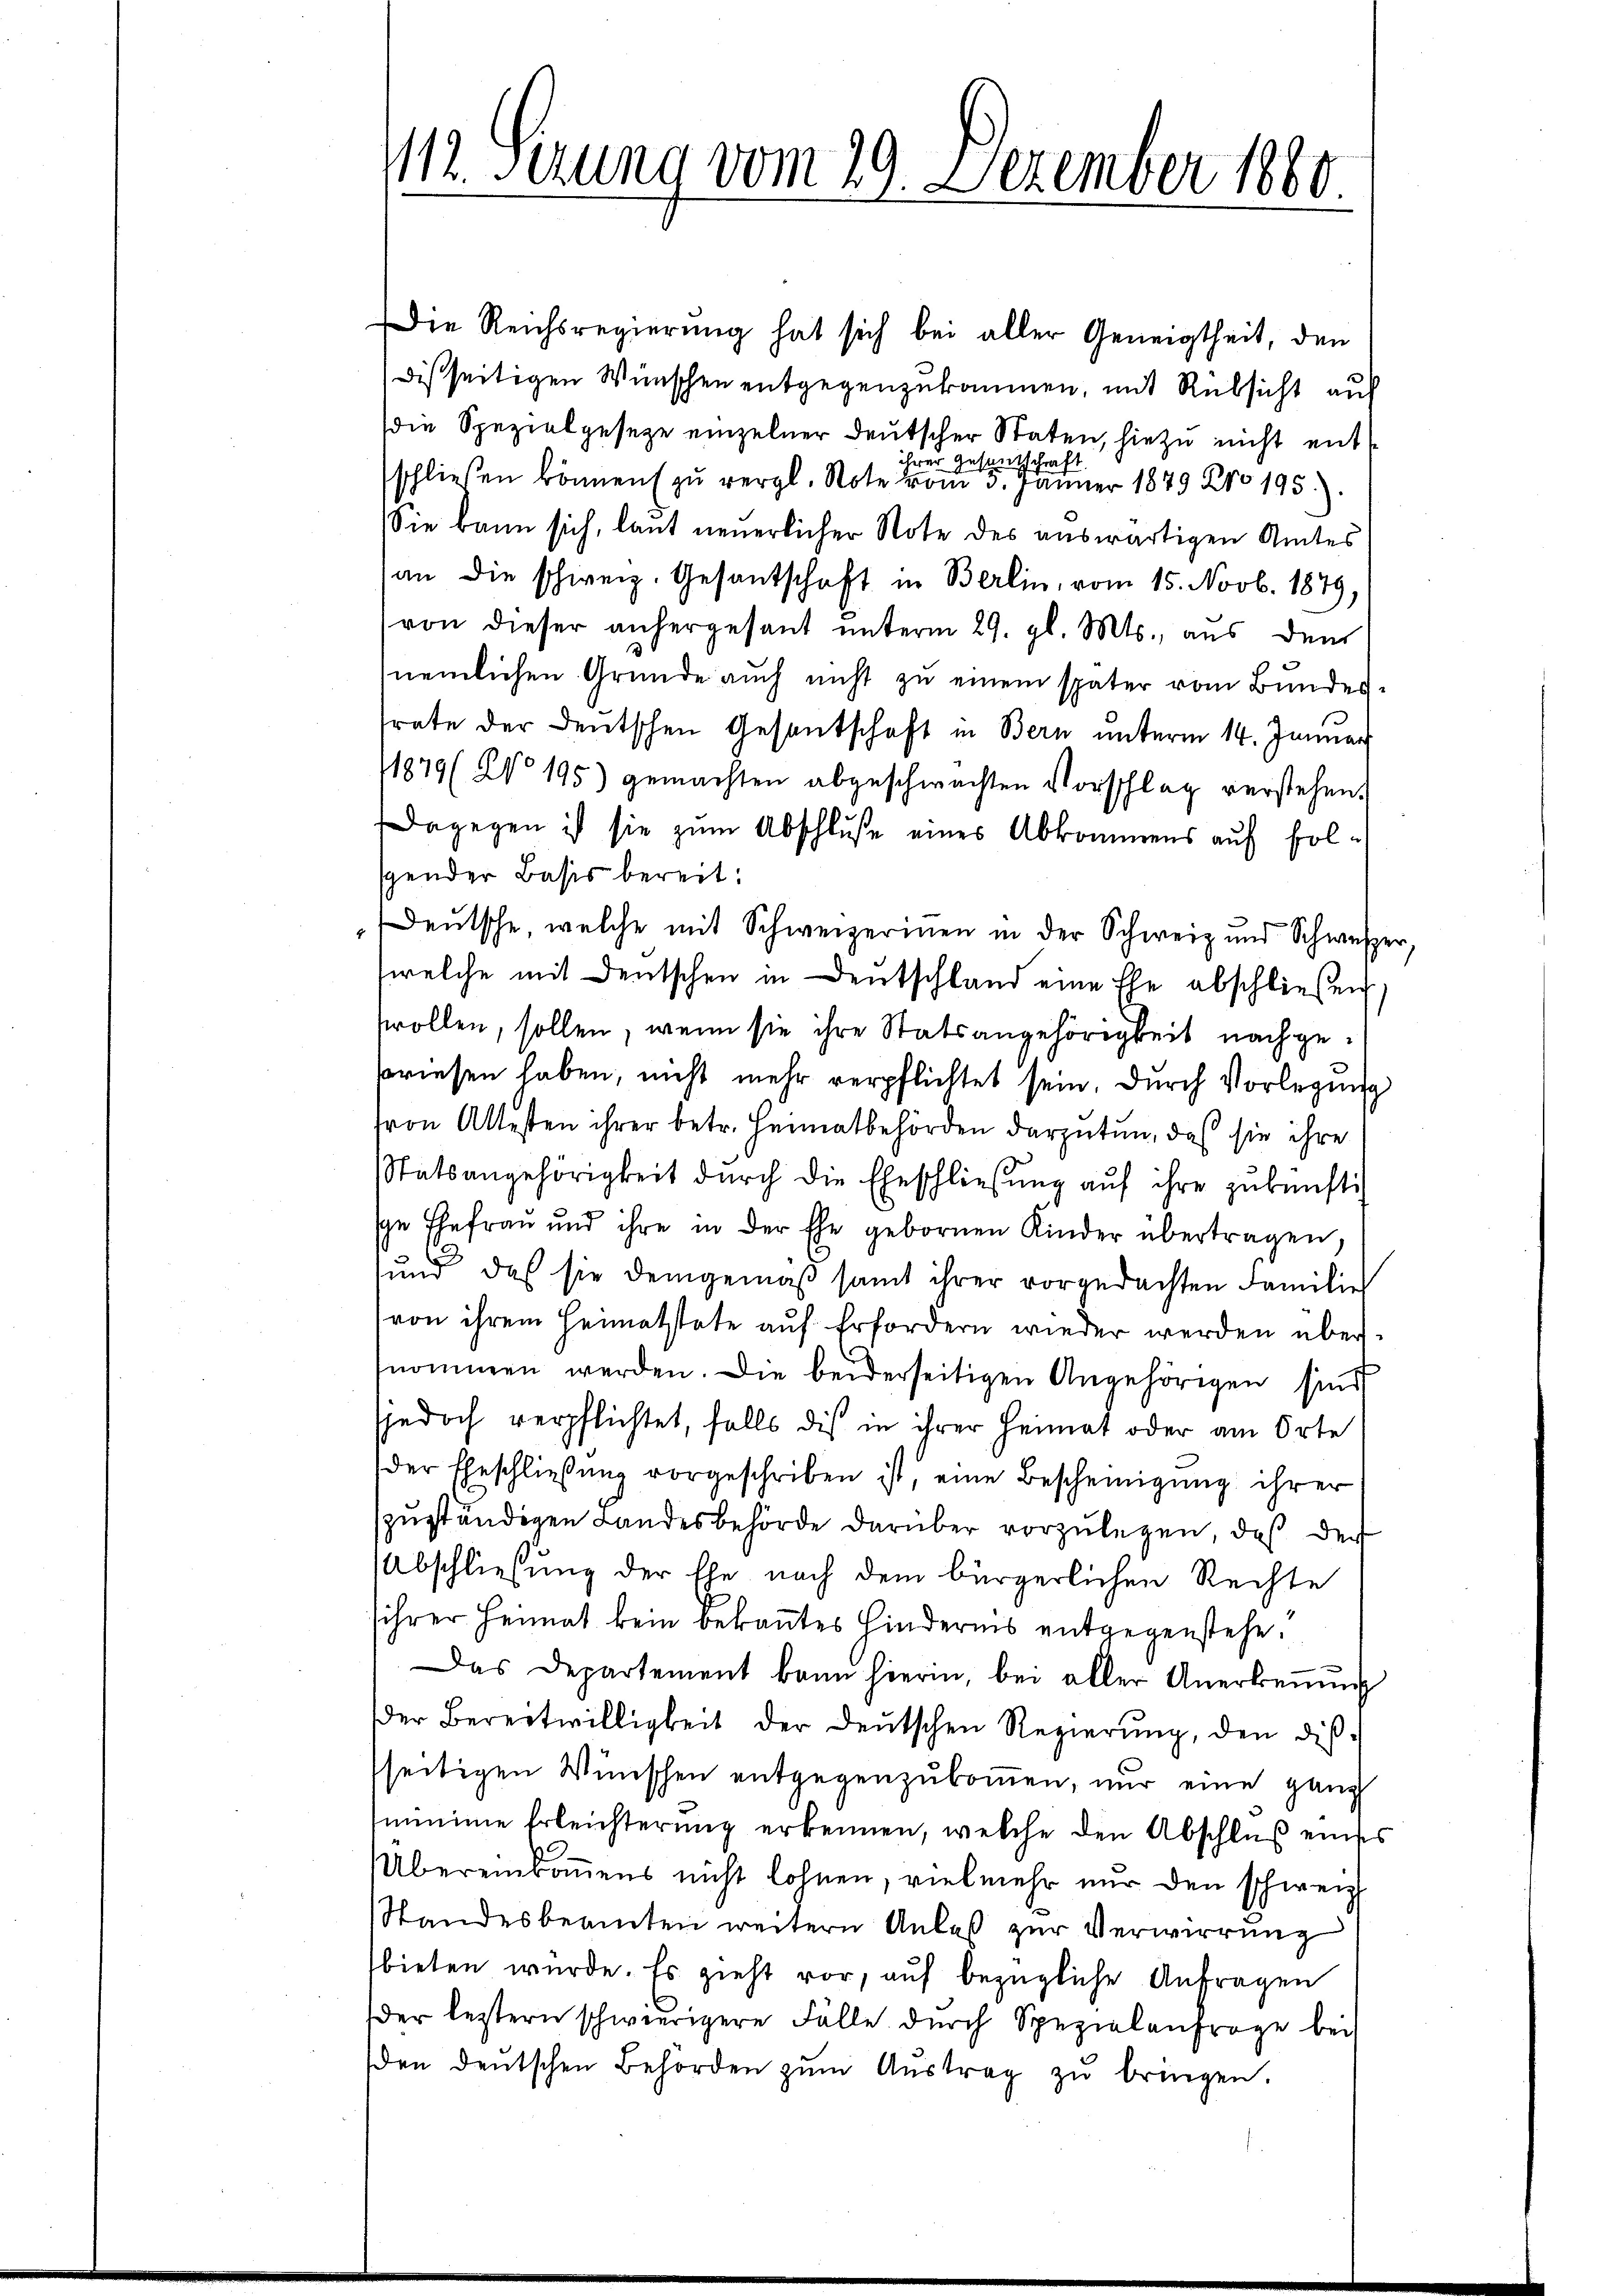
112. Serung vom 29. Dezember 1880.

Die Reichsregierŭng hat sich bei aller Geneigtheit, den
disseitigen Wünschen entgegenzukommen, mit Rüksicht aus
die Spezialgesetze einzelner deutscher Staten, hiezu nicht ent
 Gust
Schraf
schließen können zu vergl. Rote den 3. Jänner 1879 Nro 195).
Sie kann sich, laut neuerlicher Note des auswärtigen Amtes
an die schweiz. Gesantschaft in Berlin, vom 15. Novb. 1879,
von dieser anhergesant unterm 29. gl. Mts., aus dem
nemlichen Gründe aŭch nicht zŭ einem später vom Bundes-
srate der deutschen Gesantschaft in Bern unterm 14. Januar
1879 (No 195) gemachten abgeschwachten Vorschlag verstehen.
Dagegen ist sie zum Abschluße eines Abkommens auf folspender Basis bereit:
Deutsche, welche mit Schweizerinen in der Schweiz und Schweizer.
welche mit Deutschen in Deutschland eine Ehe abschließen
swollen, sollen, wenn sie ihre Statsangehörigkeit nachgebriesen haben, nicht mehr verpflichtet sein. Durch Vorlegung
ron Altesten ihrer betr. Heimatbehörden darzutun, daß sie ihre
tatsangehörigkeit dŭrch die Eheschließung aŭf ihre zukünftig
se Ehefrau und ihre in der Ehe gebornen Kinder übertragen,
und, das sie demgemäß samt ihrer vorgedachten Familie
von ihrem Heimatstate aŭf Erfordern wieder werden übernommen werden. Die beiderseitigen Angehörigen sind,
sjedoch verpflichtet, falls dis in ihrer Heimat oder am Orte
der Eheschließung vorgeschriben ist, eine Bescheinigung ihrer
szuständigen Landesbehörde darüber vorzulegen, daß der
Abschließung der Ehe nach dem bürgerlichen Rechte
sihrer Heimat kein bekanntes Hindernis entgegenstehe.
Das Departement bann hierin, bei aller Anerkeṅŭng
der Bereitwilligkeit der Deutschen Regierŭng, den dis-
seitigen Wünschen entgegenzukommen, nur eine ganz
minime Erleichterung erkennen, welche den Abschlŭβ einses
Übereinkommens nicht lohnen, vielmehr nur den schweiz.
Standesbeamten weitern Anlaβ zŭr Verwirrung
bieten wurde. Es zieht vor, auf bezügliche Anfragen
der leztern schwierigere Fälle dŭrch Spezialanfrage bei
den deutschen Behörden zŭm Aŭstrag zŭ bringen.